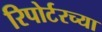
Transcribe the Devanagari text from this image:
रिपोर्टरच्या